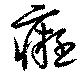
癡